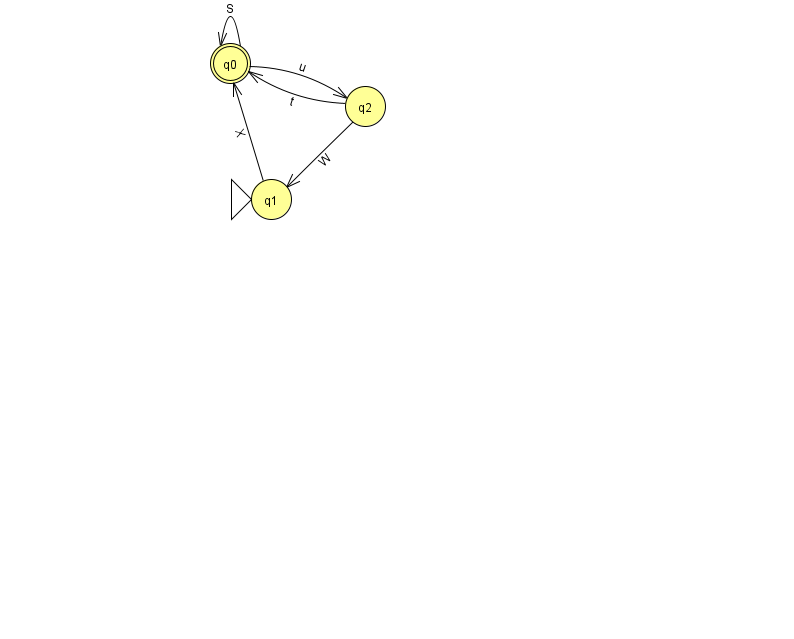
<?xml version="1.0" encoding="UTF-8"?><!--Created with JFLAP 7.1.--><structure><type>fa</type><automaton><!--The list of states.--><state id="0" name="q0"><x>230.0</x><y>50.0</y><final/></state><state id="1" name="q1"><x>271.0</x><y>186.0</y><initial/></state><state id="2" name="q2"><x>365.0</x><y>93.0</y></state><!--The list of transitions.--><transition><from>2</from><to>0</to><read>t</read></transition><transition><from>0</from><to>2</to><read>u</read></transition><transition><from>2</from><to>1</to><read>W</read></transition><transition><from>0</from><to>0</to><read>S</read></transition><transition><from>1</from><to>0</to><read>X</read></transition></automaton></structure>